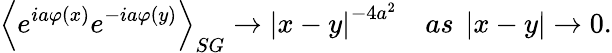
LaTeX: \left\langle e^{ia\varphi\left(x\right)}e^{-ia\varphi\left(y\right)}\right\rangle_{SG}\rightarrow\left|x-y\right|^{-4a^{2}}\quad as\ \left|x-y\right|\rightarrow 0.